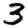
Digit: 3